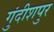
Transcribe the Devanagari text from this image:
गुंदीशपुर